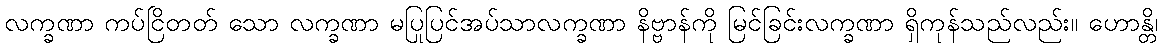
လက္ခဏာ ကပ်ငြိတတ် သော လက္ခဏာ မပြုပြင်အပ်သာလက္ခဏာ နိဗ္ဗာန်ကို မြင်ခြင်းလက္ခဏာ ရှိကုန်သည်လည်း။ ဟောန္တိ၊